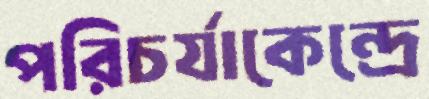
পরিচর্যাকেন্দ্রে